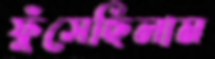
ফুঁসেছিলাম